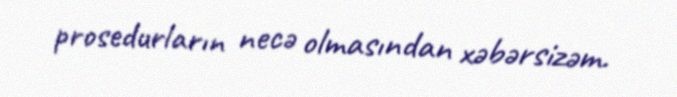
prosedurların necə olmasından xəbərsizəm.